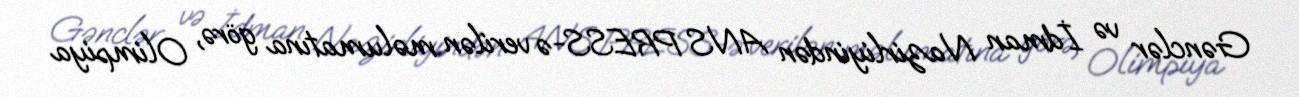
Gənclər və İdman Nazirliyindən ANS PRESS-ə verilən məlumatına görə, Olimpiya